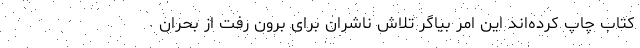
کتاب چاپ کرده‌اند این امر بیاگر تلاش ناشران برای برون رفت از بحران